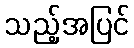
သည့်အပြင်